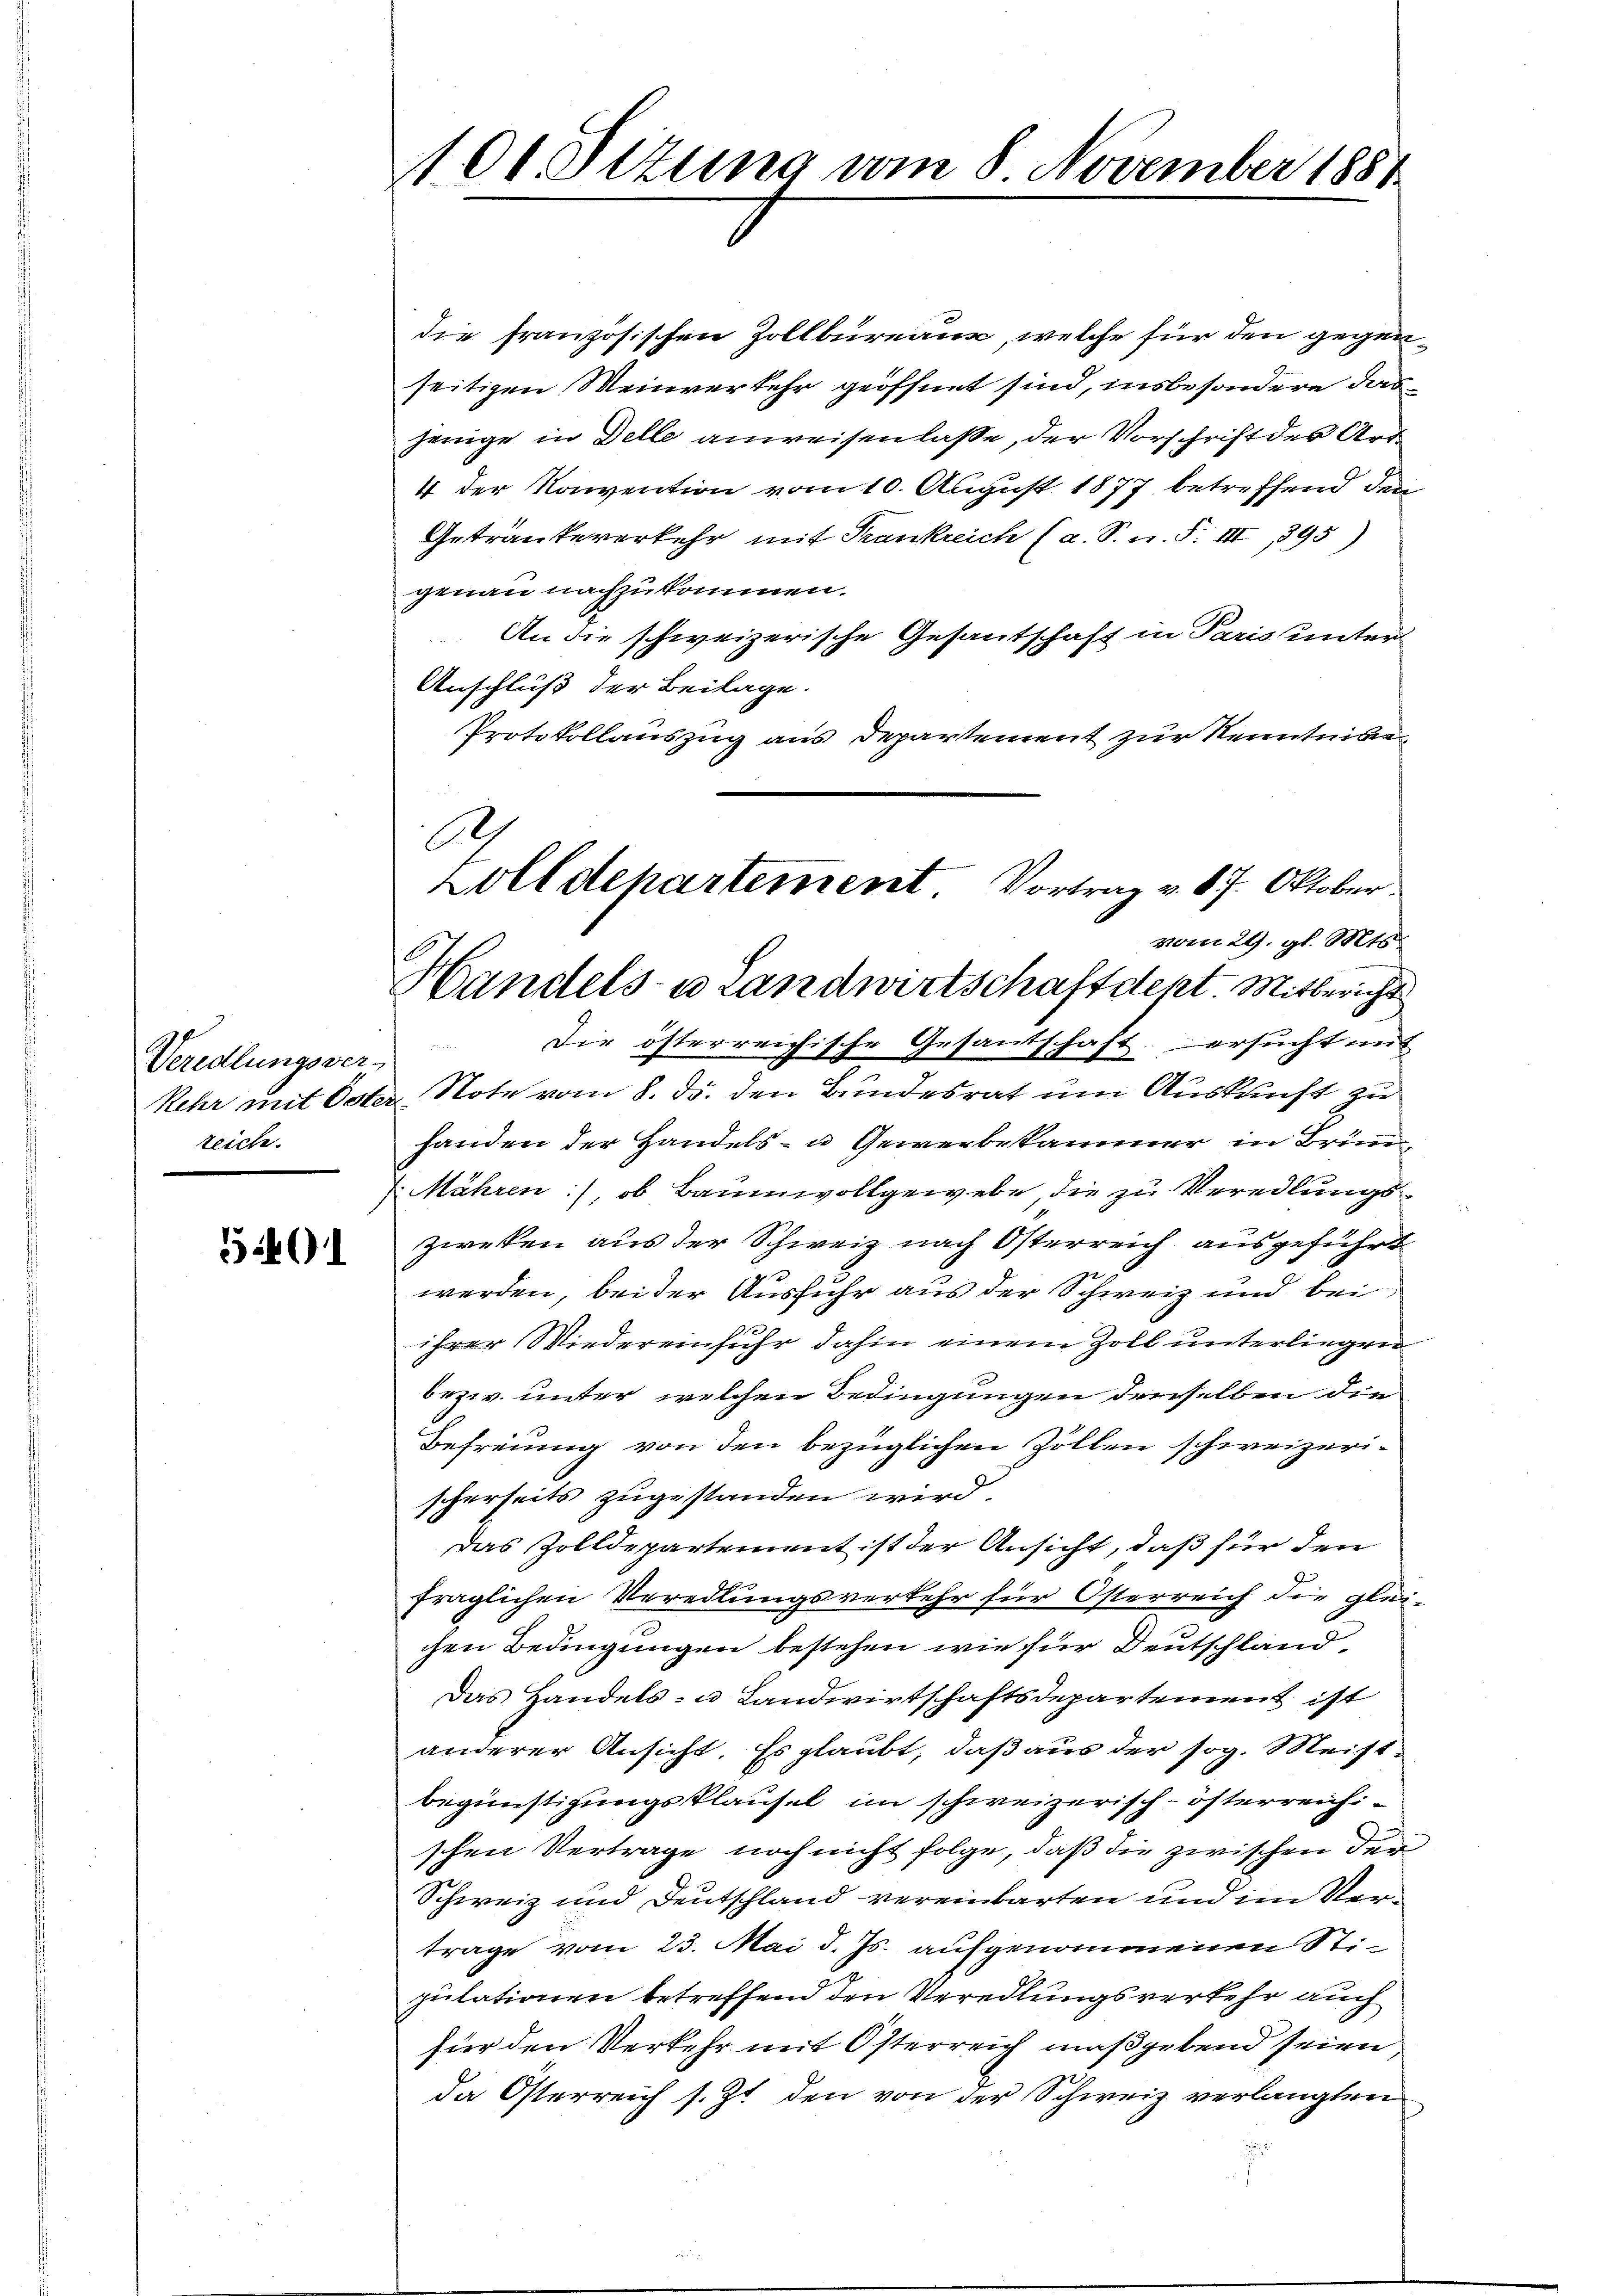
Veredlungsver-
zeich.

540

100. Setzung vom 8 November 1881

A.
Zolldepartement. Vortrag v. 17. Oktober
vom 29. gl. Mts.
Handels- u Landwirtschaft dest. Mitbericht

die französischen Zollbureaux, welche für den gegenseitigen Weinverkehr geöffnet sind, insbesondere dasjenige in Delle anweisen lasse, der Vorschrift der Art.
4 der Konvention vom 10. August 1877 betreffend den
Getraute verkehr mit Frankreich (a. S. n. F. III 395)
genau nachzukommen.
An die schweizerische Gesantschaft in Paris unter
Anschluß der Beilage.
Protokollauszug aus Departement zur Kenntnissen
Die österreichische Gesantschaft, ersucht mit
Kehr mit Oster Note vom 8. ds. den Bundesrat um Auskunft zu
handen der Handels- u Gewerbekammer in Brun¬
Mähren), ob Baumwollgewebe, die zu Veredlungszweken aus der Schweiz nach Osterreich ausgeführt
werden, bei der Ausfuhr aus der Schweiz und bei
her Wiedereinfuhr dahin einem Zoll unterliegen
bezw. unter, welchen Bedingungen derselben die
Befreung von den bezüglichen Zöllen schweizerischerseits zugestanden wird.
Das Zolldepartement ist der Ansicht, daß für den
fraglichen Veredlungsverkehr für Osterreich die glei-
chen Bedingungen bestehen, wie für Deutschland,
Das Handels- u Landwirtschaftsdepartement ist
anderer Ansicht. Es glaubt, daß aus der sog. Meist¬
Begünstigungsklausel im schweizerisch-österreichischen Vertrage noch nicht folge, daß die zwischen der
Schweiz und Deutschland vereinbarten und im Vertrage vom 23. Mai d. Js. aufgenommenen Stipulationen betreffend den Veredlungsverkehr auch
für den Verkehr mit Österreich maßgebend seien,
da Österreich s. Zt. den von der Schweiz verlangten
u